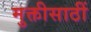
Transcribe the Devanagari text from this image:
मुक्तीसाठीं